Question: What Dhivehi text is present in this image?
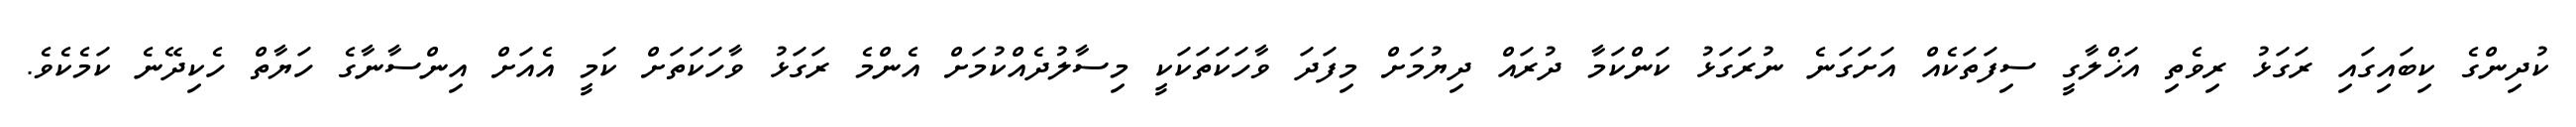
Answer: ކުދިންގެ ކިބައިގައި ރަގަޅު ރިވެތި އަޚްލާގީ ސިފަތަކެއް އަށަގަނެ ނުރަގަޅު ކަންކަމާ ދުރައް ދިޔުމަށް މިފަދަ ވާހަކަތަކަކީ މިސާލުދެއްކުމަށް އެންމެ ރަގަޅު ވާހަކަތަށް ކަމީ އެއަށް އިންސާނާގެ ހަޔާތް ހެކިދޭނެ ކަމެކެވެ.